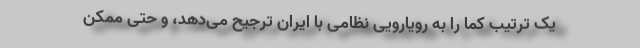
یک ترتیب کما را به رویارویی نظامی با ایران ترجیح می‌دهد، و حتی ممکن